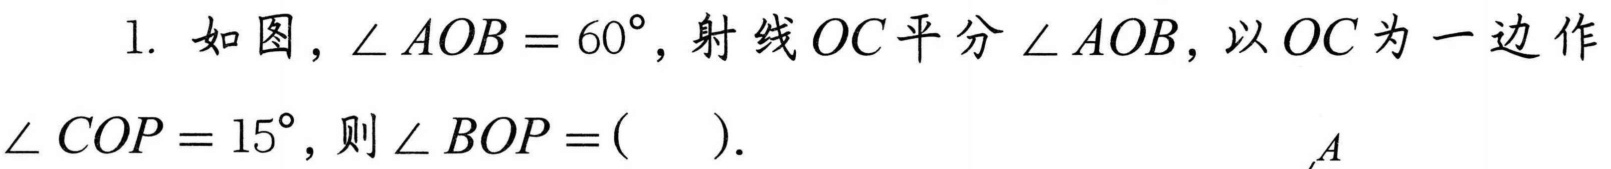
1. 如图，\(\angle AOB = 60^{\circ}\)，射线\(OC\)平分\(\angle AOB\)，以\(OC\)为一边作\(\angle COP = 15^{\circ}\)，则\(\angle BOP = (\ \ \ \ )\).